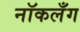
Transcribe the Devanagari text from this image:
नॉकलँग